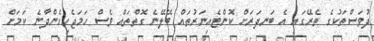
ދުވަސްތަކުގެ ތެރޭގައި އެ ބަނދަރަށް ކޮންޓެއިނަރުތައް ބޭލޭނެ ގޮތްތައް ވެސް ހަމަޖެހިގެންދާނެ ކަމަށް